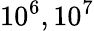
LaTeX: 10^{6},10^{7}